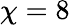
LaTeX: \chi=8